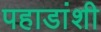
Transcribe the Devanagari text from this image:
पहाडांशी